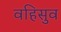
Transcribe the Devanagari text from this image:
वहिसुव